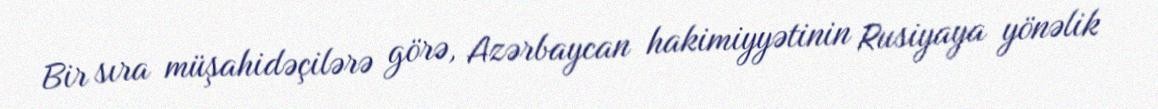
Bir sıra müşahidəçilərə görə, Azərbaycan hakimiyyətinin Rusiyaya yönəlik